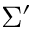
\Sigma ^ { \prime }